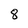
Character: 8